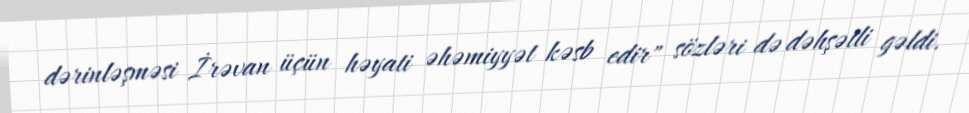
dərinləşməsi İrəvan üçün həyati əhəmiyyət kəsb edir" sözləri də dəhşətli gəldi.